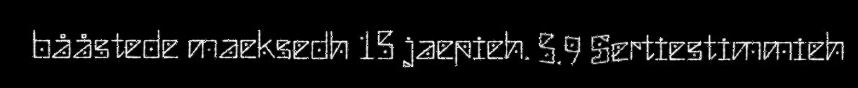
bååstede maeksedh 15 jaepieh. 5.9 Sertiestimmieh